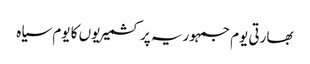
بھارتی یوم جمہوریہ پر کشمیریوں کا یوم سیاہ